Veterinary regulations India, 1939 -
Year: 1939
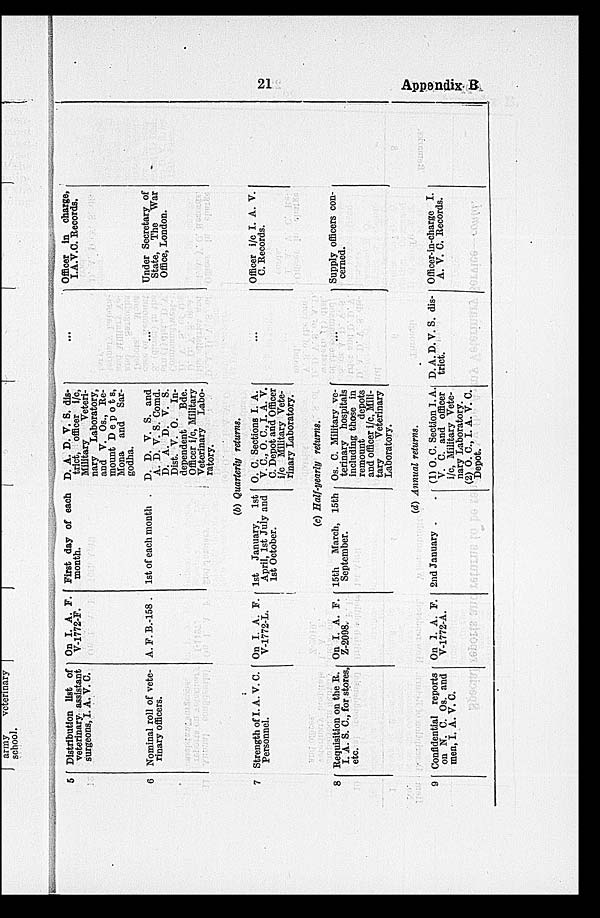
21
Appendix B
5
6
7
8
9
Distribution list of
veterinary assistant
surgeons, I. A. V. O.
Nominal roll of vete-
rinary officers.
Strength of I. A. V. C.
Personnel.
Requisition on the R.
I. A. S. C., for stores,
etc.
Confidential reports
on N. C. Os. and
men, I. A. V. C.
On I. A. F.
V-1772-F.
A. F. B.-158 .
On I. A. F.
V-1772-L.
On I. A. F.
Z-2098.
On 1. A. F.
V-1772-A.
First day of each
month.
1st of each month
D. A. D. V. S. dis-
trict, officer i/c,
Military
Veteri-
nary Laboratory,
and V. Os., Re-
mount Depots,
Mona and Sar-
godha.
D. D. V. S. and
A. D. V. S. Comd.
D. A. D. V. S.
Dist. V. O. In-
dependent
Bde.
Officer i/c, Military
Veterinary Labo-
ratory.
(b) Quarterly returns.
1st January, 1st
April, 1st July and
1st October.
O. C. Sections I. A.
V. C., O. C., I. A. V.
C. Depot and Officer
i/c Military Vete-
rinary Laboratory.
(c) Half-yearly returns.
15th March, 15th
September.
Os. C. Military ve-
terinary hospitals
including those in
remount
depots
and officer i/c, Mili-
tary
Veterinary
Laboratory.
(d) Annual returns.
2nd January . .
(1) O. C. Section I. A.
V. C. and officer
i/c, Military Vete-
nary Laboratory.
(2) O. C, I. A. V. C.
Depot.
...
...
...
...
D. A. D. V. S. dis-
trict.
Officer in charge,
I.A.V.C. Records,
Under Secretary of
State, The War
Office, London.
Officer i/c I. A. V.
C. Records.
Supply officers con-
cerned.
Officer-in-charge I.
A. V. C. Records.